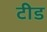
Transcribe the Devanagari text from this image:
टीड